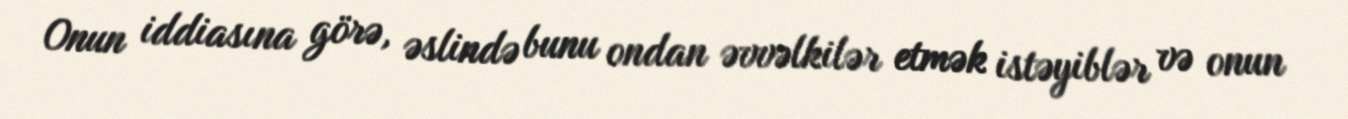
Onun iddiasına görə, əslində bunu ondan əvvəlkilər etmək istəyiblər və onun